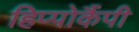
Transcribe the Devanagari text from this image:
हिप्पोकैंपी